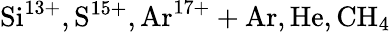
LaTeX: \mathrm{Si^{13+},S^{15+},Ar^{17+}+Ar,He,CH_{4}}